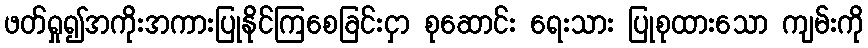
ဖတ်ရှု၍အကိုးအကားပြုနိုင်ကြစေခြင်းငှာ စုဆောင်း ရေးသား ပြုစုထားသော ကျမ်းကို